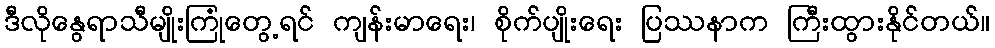
ဒီလိုနွေရာသီမျိုးကြုံတွေ့ရင် ကျန်းမာရေး၊ စိုက်ပျိုးရေး ပြဿနာက ကြီးထွားနိုင်တယ်။